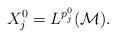
LaTeX: \begin{align*}X_{j}^0= L^{p_j^0}(\mathcal M).\end{align*}